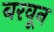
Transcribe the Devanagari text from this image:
बरवून